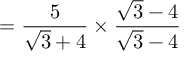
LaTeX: = { \frac { 5 } { { \sqrt { 3 } } + 4 } } \times { \frac { { \sqrt { 3 } } - 4 } { { \sqrt { 3 } } - 4 } }